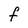
Character: F